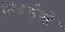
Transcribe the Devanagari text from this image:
बियर्डस्ले